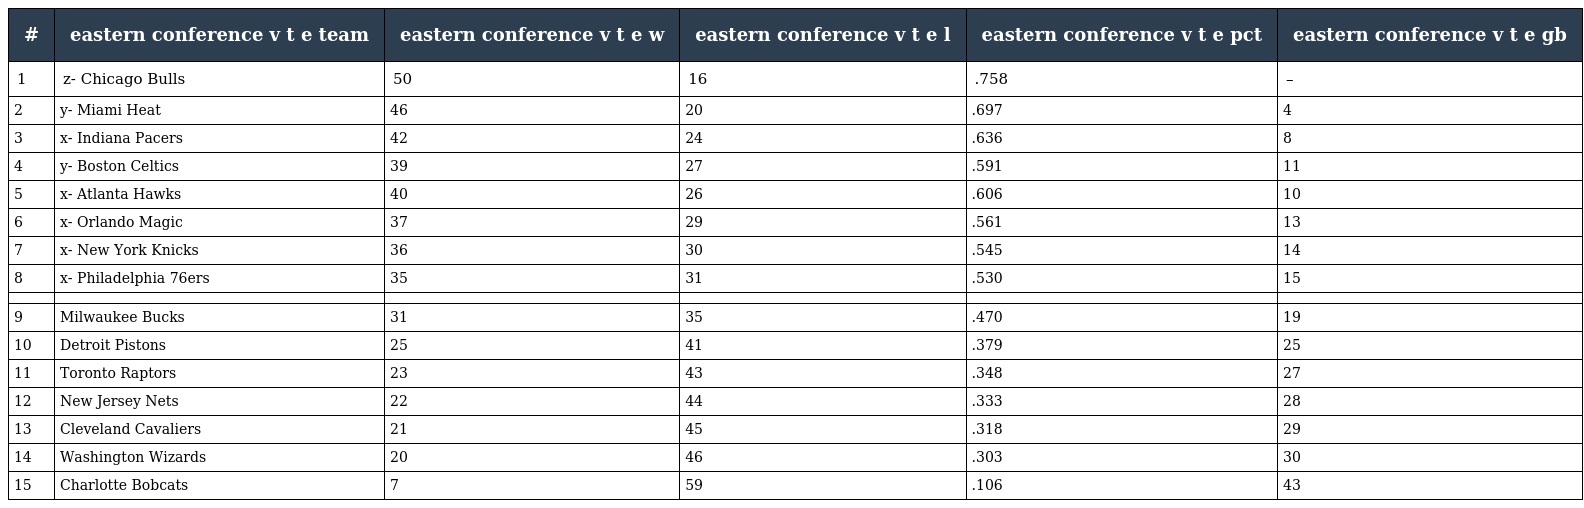
| # | eastern conference v t e team | eastern conference v t e w | eastern conference v t e l | eastern conference v t e pct | eastern conference v t e gb |
 | --- | --- | --- | --- | --- | --- |
 | 1 | z- Chicago Bulls | 50 | 16 | .758 | – |
 | 2 | y- Miami Heat | 46 | 20 | .697 | 4 |
 | 3 | x- Indiana Pacers | 42 | 24 | .636 | 8 |
 | 4 | y- Boston Celtics | 39 | 27 | .591 | 11 |
 | 5 | x- Atlanta Hawks | 40 | 26 | .606 | 10 |
 | 6 | x- Orlando Magic | 37 | 29 | .561 | 13 |
 | 7 | x- New York Knicks | 36 | 30 | .545 | 14 |
 | 8 | x- Philadelphia 76ers | 35 | 31 | .530 | 15 |
 |  |  |  |  |  |  |
 | 9 | Milwaukee Bucks | 31 | 35 | .470 | 19 |
 | 10 | Detroit Pistons | 25 | 41 | .379 | 25 |
 | 11 | Toronto Raptors | 23 | 43 | .348 | 27 |
 | 12 | New Jersey Nets | 22 | 44 | .333 | 28 |
 | 13 | Cleveland Cavaliers | 21 | 45 | .318 | 29 |
 | 14 | Washington Wizards | 20 | 46 | .303 | 30 |
 | 15 | Charlotte Bobcats | 7 | 59 | .106 | 43 |